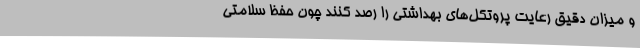
و میزان دقیق رعایت پروتکل‌های بهداشتی را رصد کنند چون حفظ سلامتی